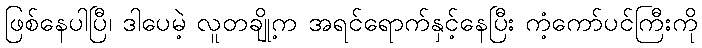
ဖြစ်နေပါပြီ၊ ဒါပေမဲ့ လူတချို့က အရင်ရောက်နှင့်နေပြီး ကံ့ကော်ပင်ကြီးကို